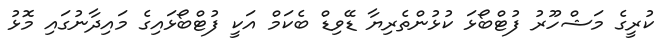
ކުރީގެ މަޝްހޫރު ފުޓްބޯޅަ ކުޅުންތެރިޔާ ޑޭވިޑް ބެކަމް އަކީ ފުޓްބޯޅައިގެ މައިދާނުގައި މޮޅު